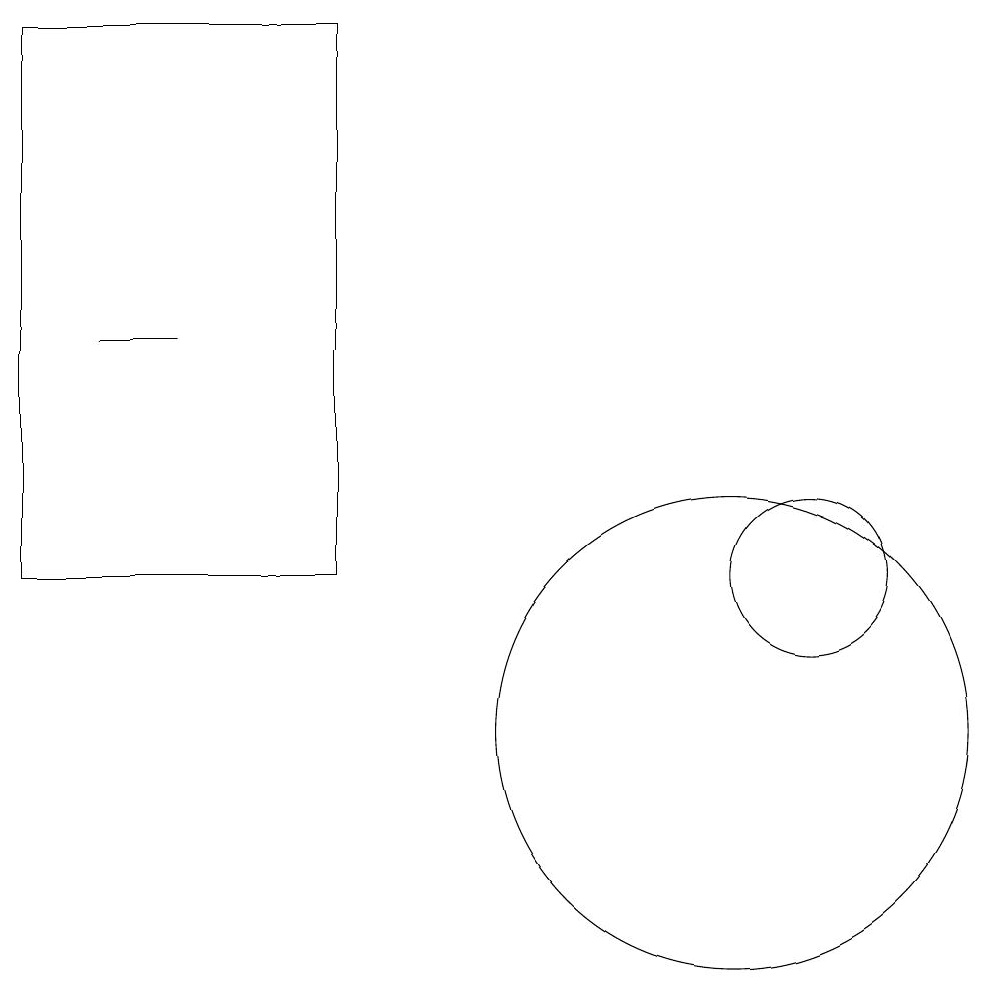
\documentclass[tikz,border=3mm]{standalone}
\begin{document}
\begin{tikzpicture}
\draw (2,15) rectangle (3,15);
\draw (10,10) circle (3);
\draw (1,12) rectangle (5,19);
\draw (11,12) circle (1);
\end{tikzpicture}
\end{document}